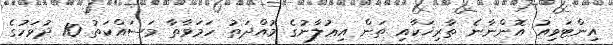
އިންޓަވިއު އޮންނާނެ ތާރިޚަކާއި ތަން އިޢުލާނުގެ މުއްދަތު ހަމަވާތާ މަސައްކަތު 10 ދުވަހުގެ